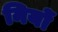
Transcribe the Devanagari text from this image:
नियों